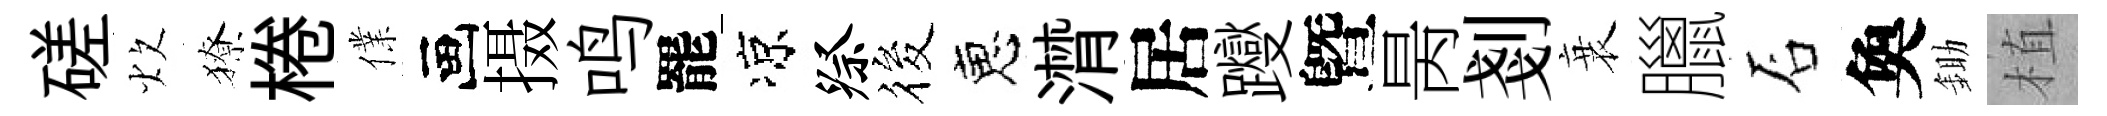
磋炊獠棬㒒画摄鸣罷凉祭筱恵潸居躞曁昺剗衰臘石奐鋤植